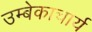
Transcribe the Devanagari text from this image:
उम्बेकाचार्य